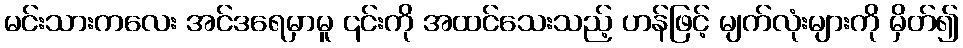
မင်းသားကလေး အင်ဒရေမှာမူ ၎င်းကို အထင်သေးသည့် ဟန်ဖြင့် မျက်လုံးများကို မှိတ်၍